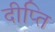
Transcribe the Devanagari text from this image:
दीप्‍ति